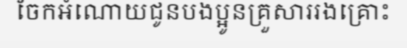
ចែកអំណោយជូនបងប្អូនគ្រួសាររងគ្រោះ